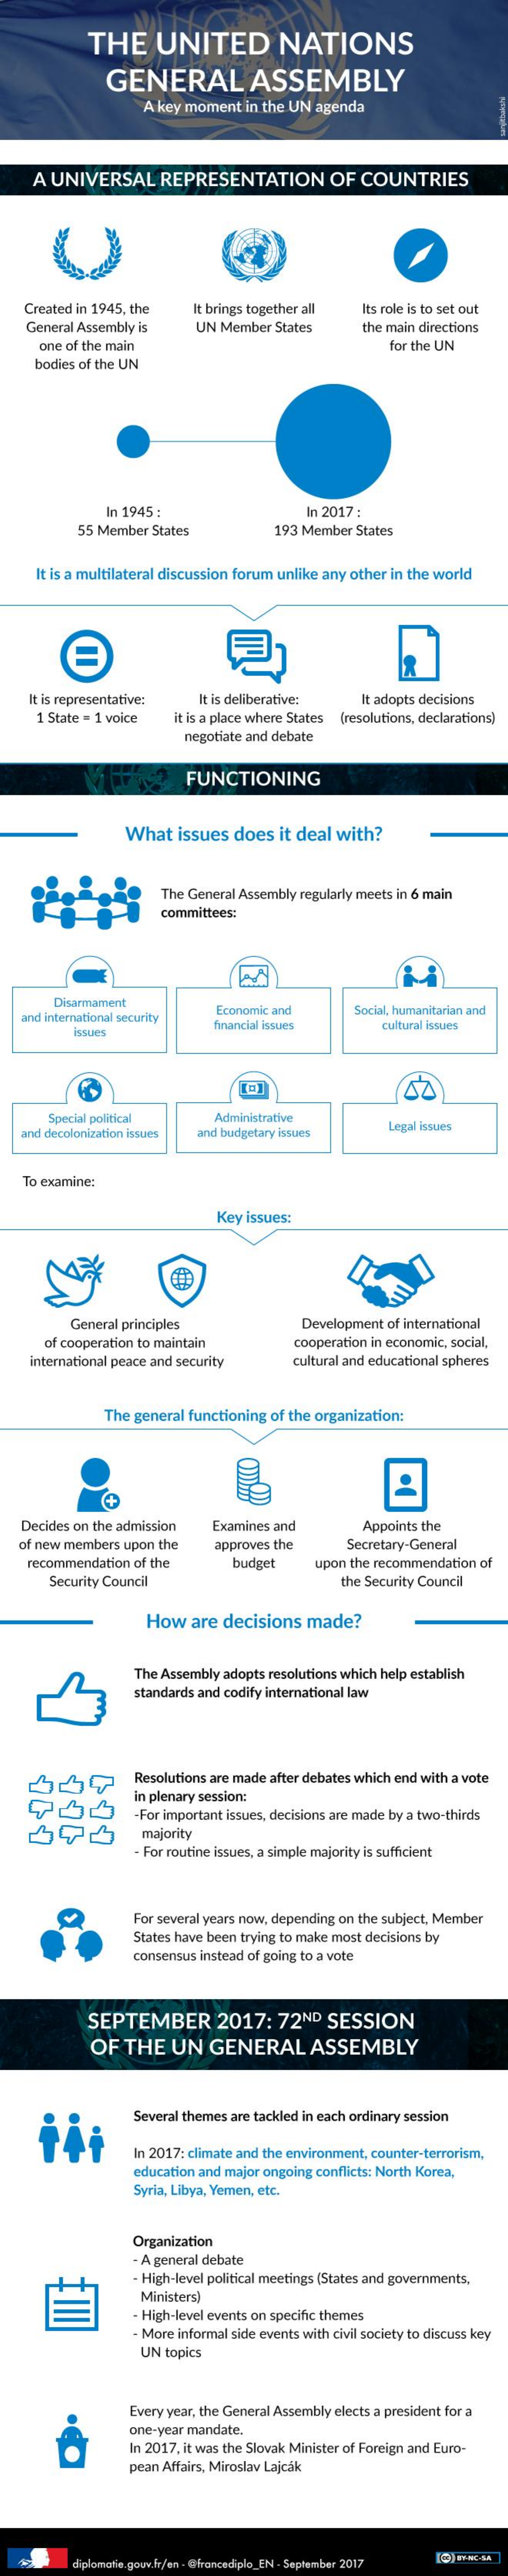
THE    UNITED    NATIONS
     GENERAL    ASSEMBLY
     A key moment in the UN agenda
    A UNIVERSAL    REPRESENTATION    OF  COUNTRIES
   Created in 1945, the  It brings together all Its role is to set out
    General Assembly is   UN Member States    the main directions
     one of the main    for the UN
     bodies of the UN
     In 1945 :    In 2017 :
     55 Member States    193 Member States
     It is a multilateral discussion forum unlike any other in the world
    It is representative: It is deliberative:  It adopts decisions
     1 State = 1 voice it is a place where States (resolutions, declarations)
     negotiate and debate
     FUNCTIONING
     What  issues does  it deal with?
     The General Assembly regularly meets in 6 main
     committees:
     Disarmament
   and international security Economic and    Social, humanitarian and
     issues
     financial issues    cultural issues
     Special political    Administrative
   and decolonization issues and budgetary issues Legal issues
   To examine:
     Key Issues:
     General principles    Development of international
     of cooperation to maintain    cooperation in economic, social,
    international peace and security  cultural and educational spheres
     The general functioning of the organization:
   Decides on the admission Examines and    Appoints the
   of new members upon the  approves the    Secretary-General
    recommendation of the    budget    upon the recommendation of
     Security Council    the Security Council
     How   are decisions  made?
     The Assembly adopts resolutions which help establish
     standards and codify international law
     Resolutions are made after debates which end with a vote
     in plenary session:
     -For important issues, decisions are made by a two-thirds
     majority
     For routine issues, a simple majority is sufficient
     For several years now, depending on the subject, Member
     States have been trying to make most decisions by
     consensus instead of going to a vote
     SEPTEMBER    2017:   72ND  SESSION
     OF  THE   UN   GENERAL    ASSEMBLY
     Several themes are tackled in each ordinary session
     In 2017: climate and the environment, counter-terrorism,
     education and major ongoing conflicts: North Korea,
     Syria, Libya, Yemen, etc.
     Organization
     . A general debate
     - High-level political meetings [States and governments,
     Ministers)
     - High-level events on specific themes
     - More informal side events with civil society to discuss key
     UN topics
     Every year, the General Assembly elects a president for a
     one-year mandate.
     In 2017, it was the Slovak Minister of Foreign and Euro-
     pean Affairs, Miroslav Lajcak
     2017